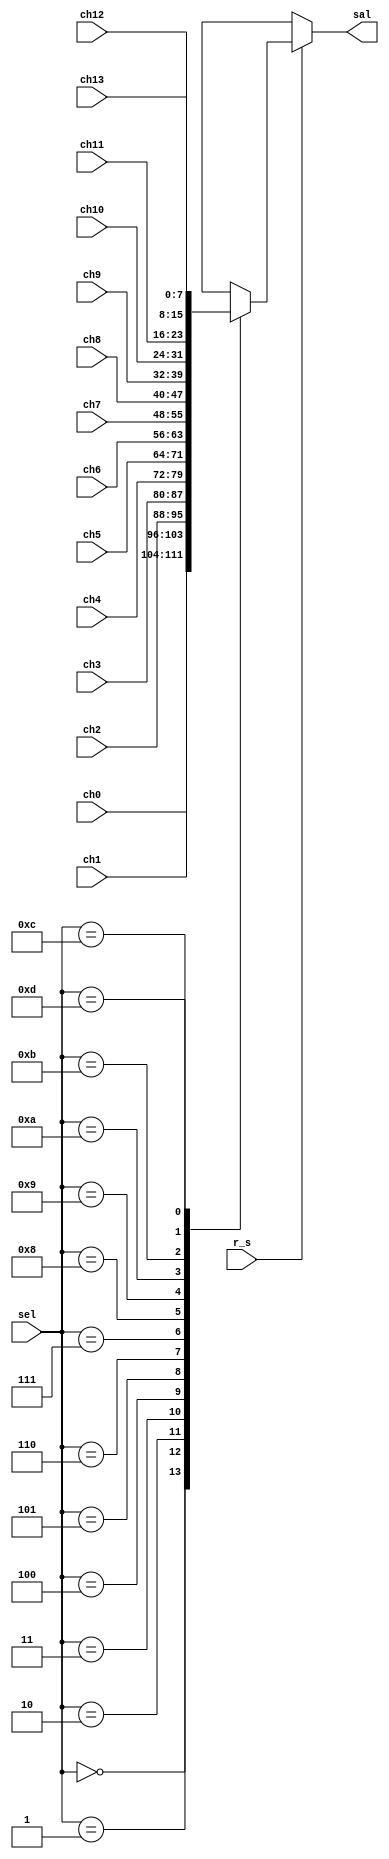
`timescale 1ns / 1ps
//////////////////////////////////////////////////////////////////////////////////
// Company: 
// Engineer: 
// 
// Design Name: 
// Module Name:    MUX_ENT 
// Project Name: 
// Target Devices: 
// Tool versions: 
// Description: 
//
// Dependencies: 
//
// Revision: 
// Revision 0.01 - File Created
// Additional Comments: 
//
//////////////////////////////////////////////////////////////////////////////////
module MUX_ENT(
	input wire [3:0] sel,
	input wire r_s,
	input wire [7:0] ch0, ch1, ch2, ch3, ch4, ch5, ch6, ch7, ch8, ch9, ch10, ch11, ch12, ch13,
	output reg [7:0] sal
   );
	
	always @* begin
		if (r_s) begin
			case(sel)
				4'h0: sal = ch0;
				4'h1: sal = ch1;
				4'h2: sal = ch2;
				4'h3: sal = ch3;
				4'h4: sal = ch4;
				4'h5: sal = ch5;
				4'h6: sal = ch6;
				4'h7: sal = ch7;
				4'h8: sal = ch8;
				4'h9: sal = ch9;
				4'ha: sal = ch10;
				4'hb: sal = ch11;
				4'hc: sal = ch12;
				4'hd: sal = ch13;
				default: sal = 8'hxx;
			endcase 
		end else begin
			sal = 8'hxx;
		end
	end

endmodule